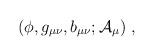
LaTeX: \begin{align*}(\phi, g_{\mu\nu}, b_{\mu\nu}; {\cal A}_\mu)\ ,\end{align*}